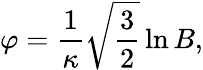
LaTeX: \varphi=\frac 1\kappa\sqrt{\frac 32}\ln B,